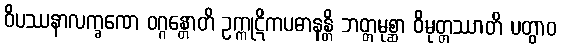
ဝိပဿနာလက္ခဏေ ဝဂ္ဂန္တောတိ ဥက္ကုဋိကပဓာနန္တိ ဘတ္တမုစ္ဆာ ဝိမုတ္တဿာတိ ပတွာဝ